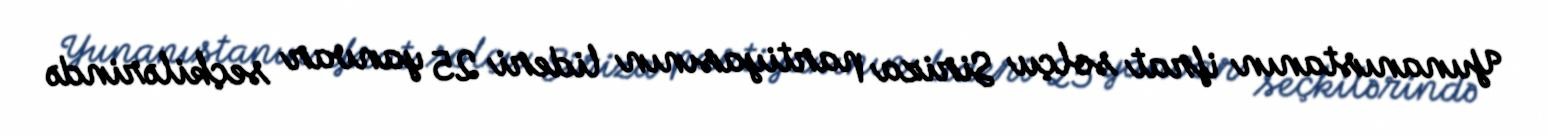
Yunanıstanın ifrat solçu Siriza partiyasının lideri 25 yanvar seçkilərində